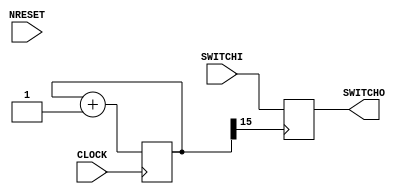
// Chattering
// ------------------------------------------------------------------------------------------------
module Chattering (
    input  wire CLOCK,
    input  wire NRESET,
    input  wire SWITCHI,
    output wire SWITCHO
);

/*
Description

    

    Parameters
        None

    in  : CLOCK     
    in  : NRESET    
    in  : SWITCHI   
    out : SWITCHO   

*/

// +1 
// ----------------------------------------------
reg [15:0] cnt; 
wire C_CLOCK = cnt[15];
always @(posedge CLOCK) begin 
    cnt = cnt + 1'b1; 
end

// 
// ----------------------------------------------
reg switch;
assign SWITCHO = switch;
always @(posedge C_CLOCK) begin 
    switch = SWITCHI; 
end
    
endmodule